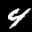
Label: 4